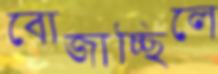
বোজাচ্ছিলে